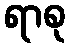
ရာစု